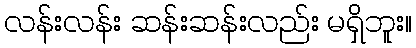
လန်းလန်း ဆန်းဆန်းလည်း မရှိဘူး။